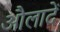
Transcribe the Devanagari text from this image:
औलादें